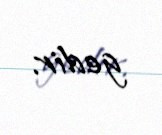
gedir.